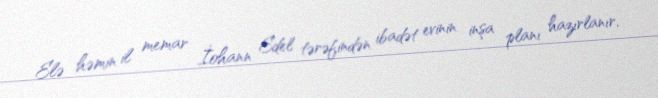
Elə həmin il memar İohann Edel tərəfindən ibadət evinin inşa planı hazırlanır,